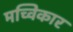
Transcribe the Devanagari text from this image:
मच्विकार